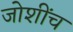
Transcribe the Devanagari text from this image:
जोशींच